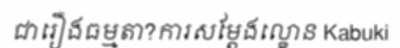
ជារឿងធម្មតា?ការសម្តែងល្ខោន Kabuki